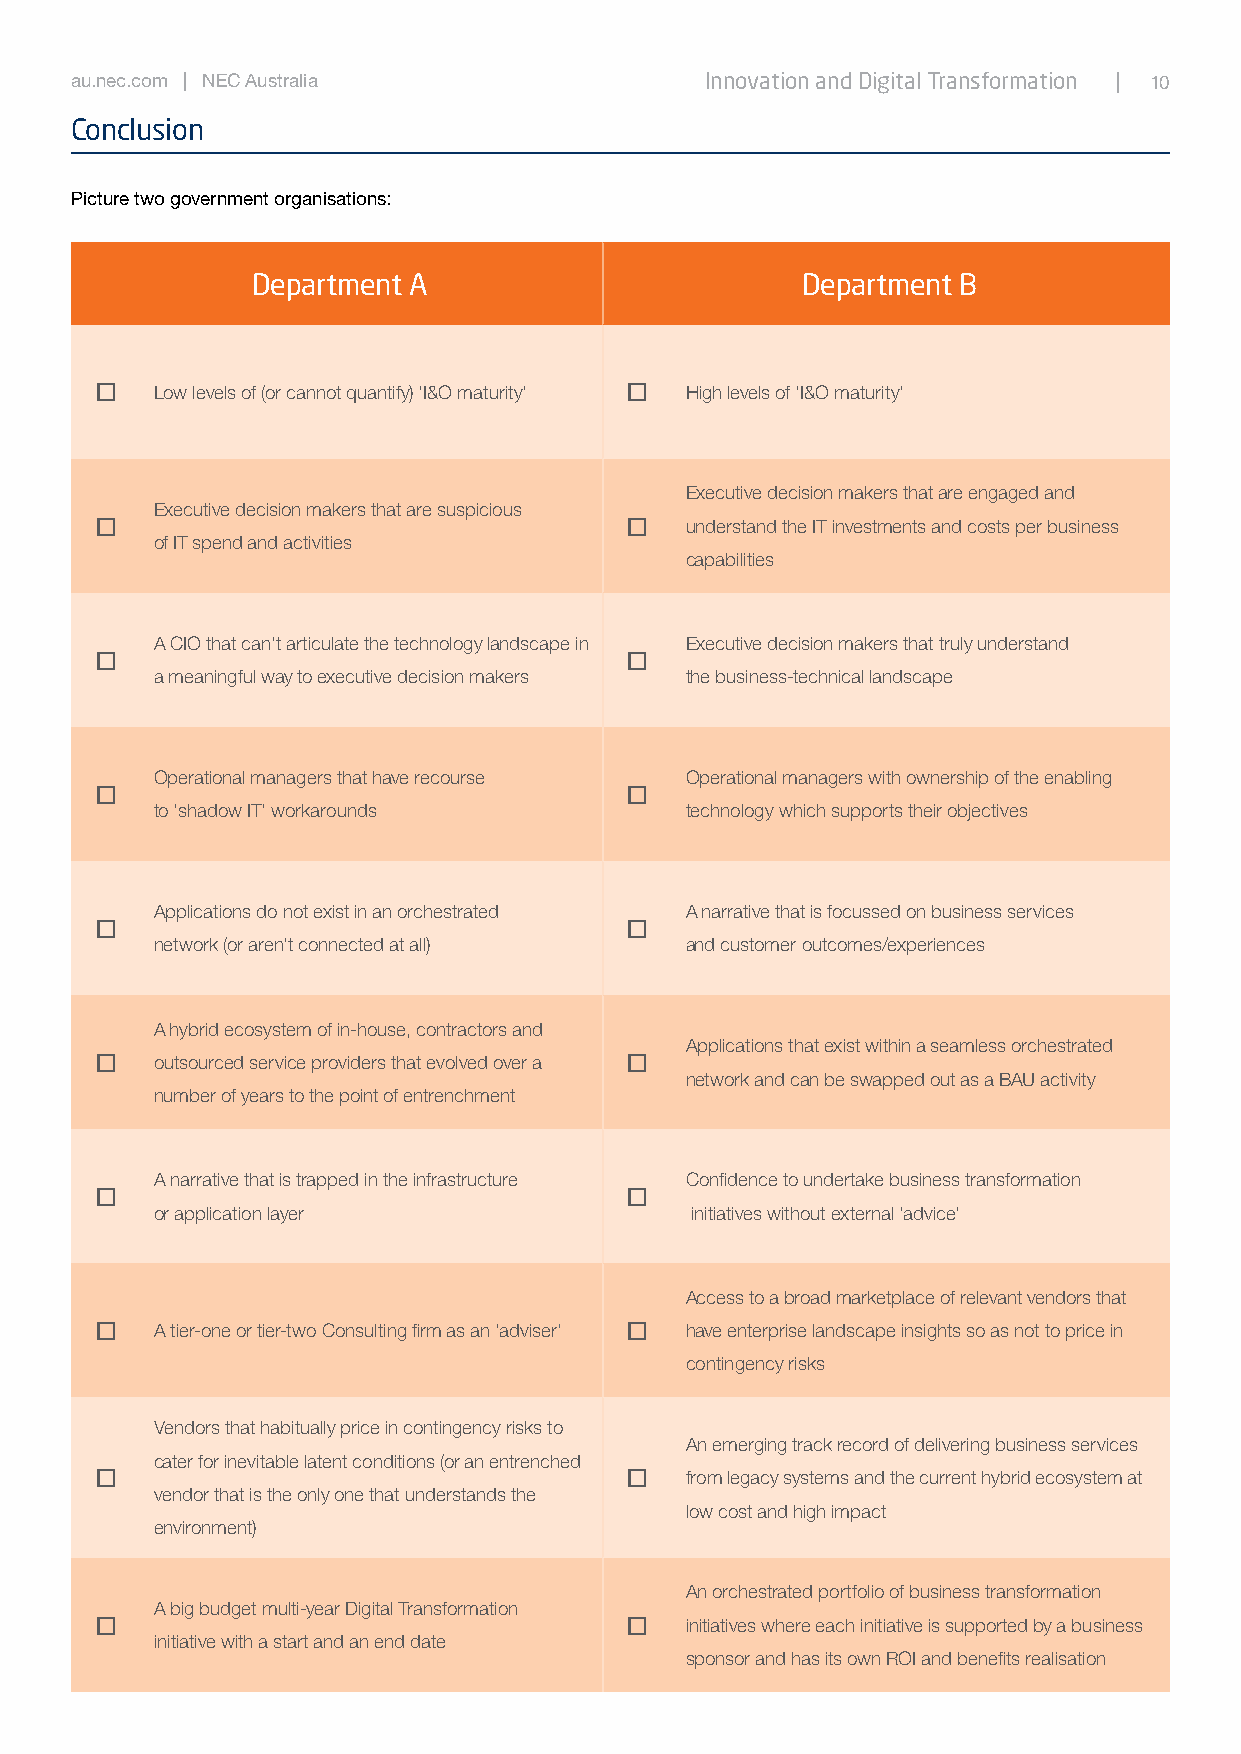
au.nec.com | NEC Australia                Innovation and Digital Transformation | 10
 Conclusion
 Picture two government organisations:
 Department A                        Department B
 o   Low levels of (or cannot quantify) ‘I&O maturity’ o High levels of ‘I&O maturity’
 Executive decision makers that are engaged and
 Executive decision makers that are suspicious
 o                                  o   understand the IT investments and costs per business
 of IT spend and activities
 capabilities
 A CIO that can’t articulate the technology landscape in Executive decision makers that truly understand
 o                                  o
 a meaningful way to executive decision makers the business-technical landscape
 Operational managers that have recourse Operational managers with ownership of the enabling
 o                                  o
 to ‘shadow IT’ workarounds         technology which supports their objectives
 Applications do not exist in an orchestrated A narrative that is focussed on business services
 o                                  o
 network (or aren’t connected at all) and customer outcomes/experiences
 A hybrid ecosystem of in-house, contractors and
 Applications that exist within a seamless orchestrated
 o   outsourced service providers that evolved over a o
 network and can be swapped out as a BAU activity
 number of years to the point of entrenchment
 A narrative that is trapped in the infrastructure Confidence to undertake business transformation
 o                                  o
 or application layer                initiatives without external ‘advice’
 Access to a broad marketplace of relevant vendors that
 o   A tier-one or tier-two Consulting firm as an ‘adviser’ o have enterprise landscape insights so as not to price in
 contingency risks
 Vendors that habitually price in contingency risks to
 An emerging track record of delivering business services
 cater for inevitable latent conditions (or an entrenched
 o                                  o   from legacy systems and the current hybrid ecosystem at
 vendor that is the only one that understands the
 low cost and high impact
 environment)
 An orchestrated portfolio of business transformation
 A big budget multi-year Digital Transformation
 o                                  o   initiatives where each initiative is supported by a business
 initiative with a start and an end date
 sponsor and has its own ROI and benefits realisation